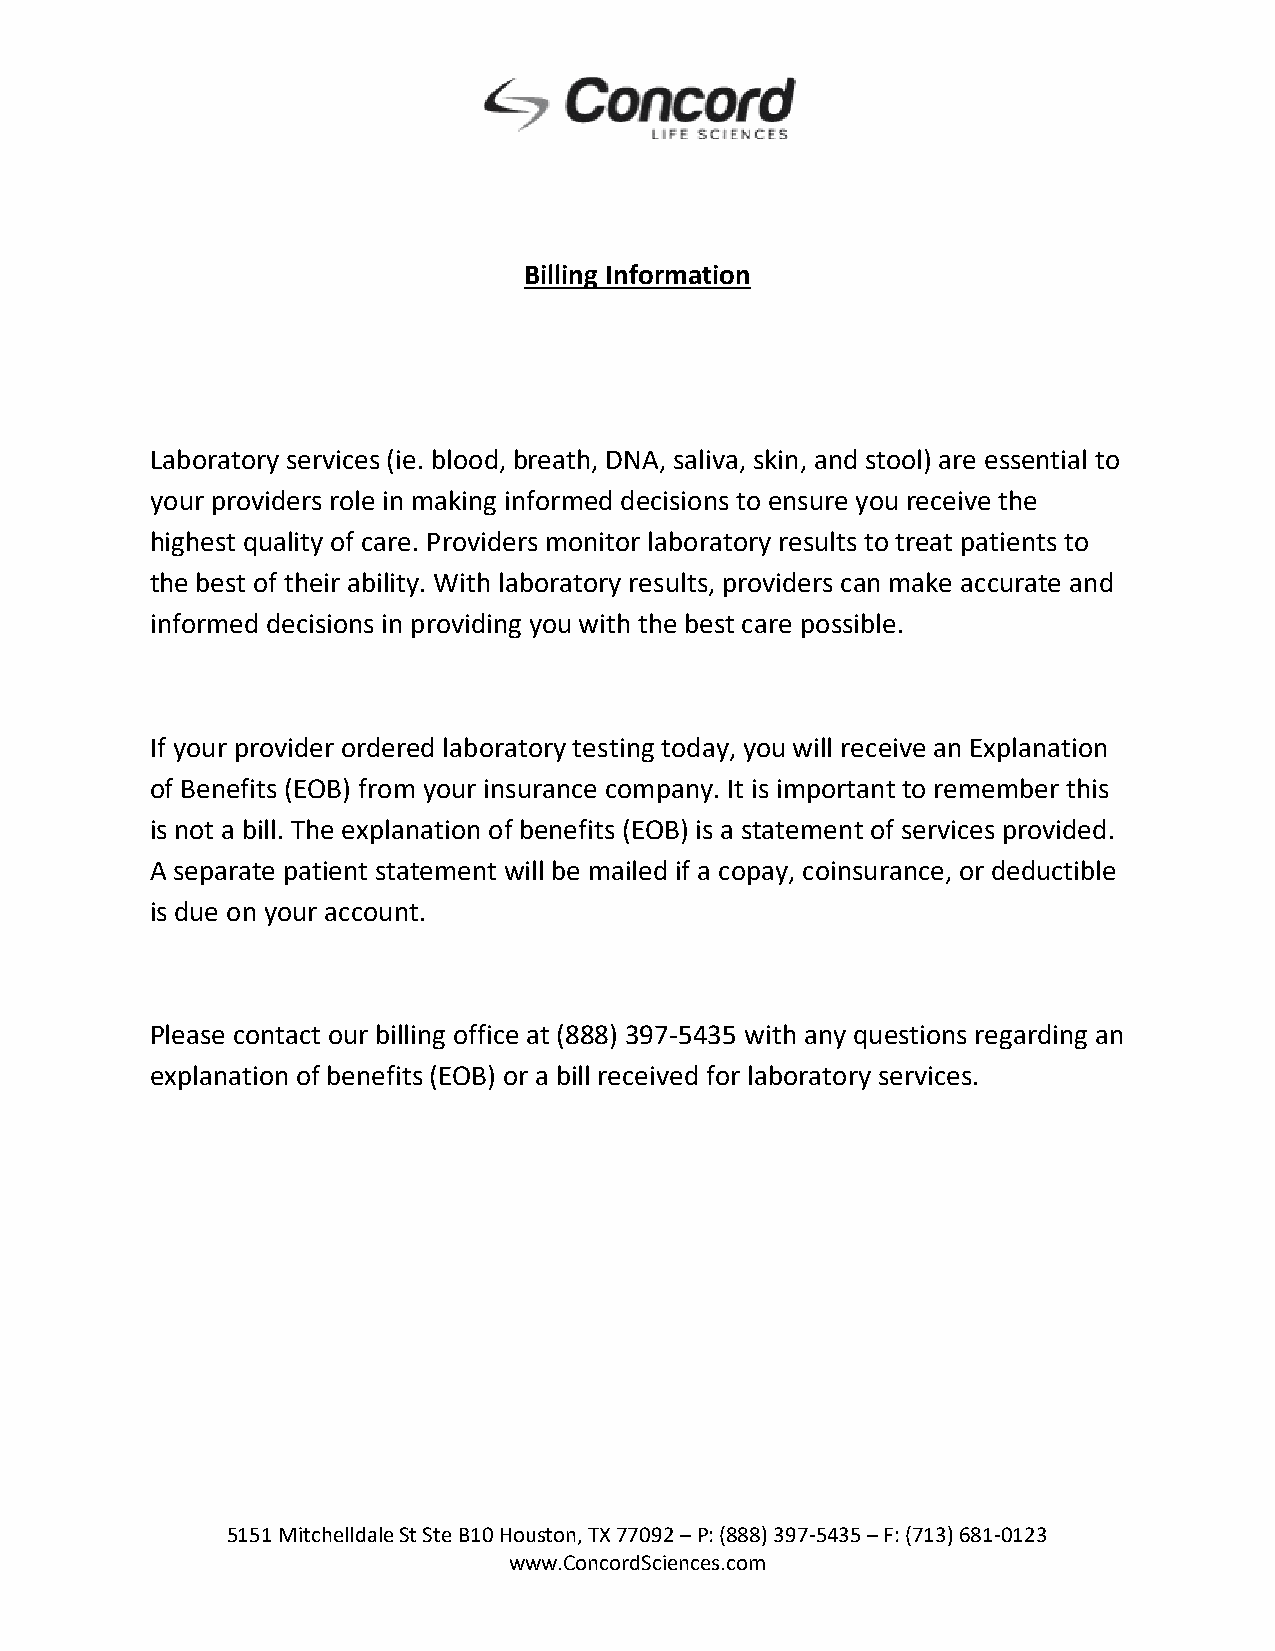
Billing Information
 Laboratory services (ie. blood, breath, DNA, saliva, skin, and stool) are essential to
 your providers role in making informed decisions to ensure you receive the
 highest quality of care. Providers monitor laboratory results to treat patients to
 the best of their ability. With laboratory results, providers can make accurate and
 informed decisions in providing you with the best care possible.
 If your provider ordered laboratory testing today, you will receive an Explanation
 of Benefits (EOB) from your insurance company. It is important to remember this
 is not a bill. The explanation of benefits (EOB) is a statement of services provided.
 A separate patient statement will be mailed if a copay, coinsurance, or deductible
 is due on your account.
 Please contact our billing office at (888) 397‐5435 with any questions regarding an
 explanation of benefits (EOB) or a bill received for laboratory services.
 5151 Mitchelldale St Ste B10 Houston, TX 77092 – P: (888) 397‐5435 – F: (713) 681‐0123
 www.ConcordSciences.com